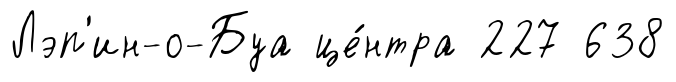
Лэп'ин-о-Буа це́нтра 227 638